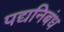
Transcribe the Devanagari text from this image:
पद्यनिबंध